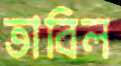
তাবিল